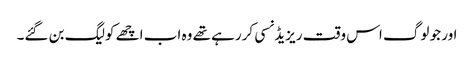
اور جو لوگ اس وقت ریزیڈنسی کررہے تھے وہ اب اچھے کولیگ بن گئے۔